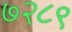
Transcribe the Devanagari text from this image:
७२८९